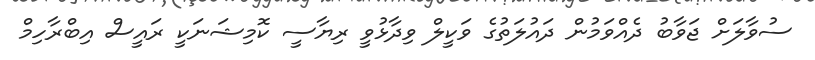
ސުވާލަށް ޖަވާބު ދެއްވަމުން ދައުލަތުގެ ވަކީލް ވިދާޅުވީ ރިޔާސީ ކޮމިޝަނަކީ ރައީސް އިބްރާހިމް